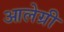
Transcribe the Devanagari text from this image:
आलेग्री